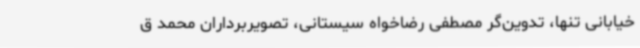
خیابانی تنها، تدوین‌گر مصطفی رضاخواه سیستانی، تصویربرداران محمد ق